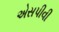
એસપીવી